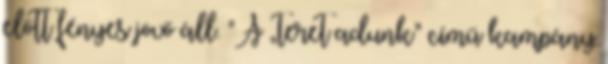
előtt fényes jövő áll. "A „teret adunk” című kampány